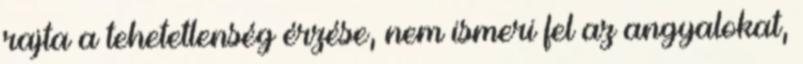
rajta a tehetetlenség érzése, nem ismeri fel az angyalokat,